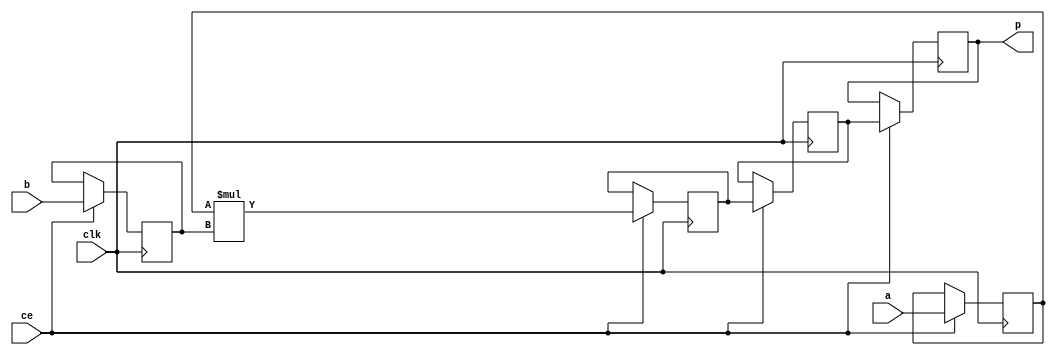
module video_scaler_mul_kbM_MulnS_1(clk, ce, a, b, p);
input clk;
input ce;
input[28 - 1 : 0] a; 
input[20 - 1 : 0] b; 
output[48 - 1 : 0] p;

reg signed [28 - 1 : 0] a_reg0;
reg signed [20 - 1 : 0] b_reg0;
wire signed [48 - 1 : 0] tmp_product;
reg signed [48 - 1 : 0] buff0;
reg signed [48 - 1 : 0] buff1;
reg signed [48 - 1 : 0] buff2;

assign p = buff2;
assign tmp_product = a_reg0 * b_reg0;
always @ (posedge clk) begin
    if (ce) begin
        a_reg0 <= a;
        b_reg0 <= b;
        buff0 <= tmp_product;
        buff1 <= buff0;
        buff2 <= buff1;
    end
end
endmodule